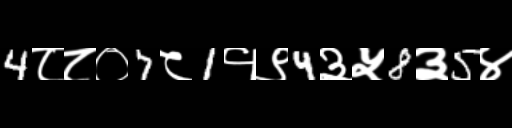
Text: 4८८०7८1१९4३५8३5४